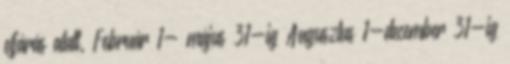
eljárás alatt. Február 1- május 31-ig Augusztus 1-december 31-ig